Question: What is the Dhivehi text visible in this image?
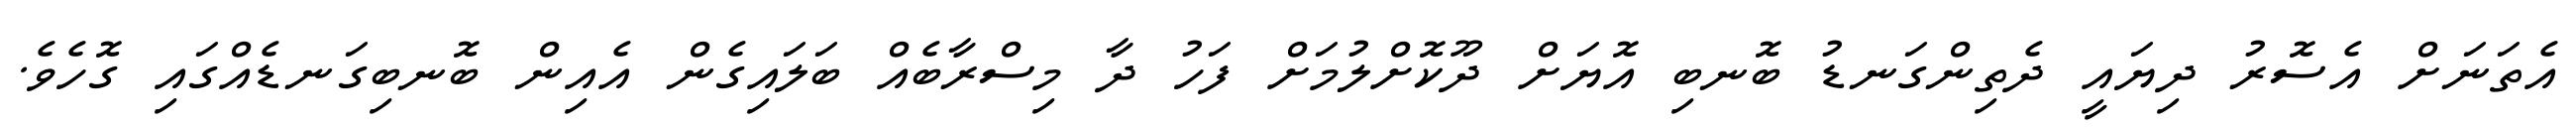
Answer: އެތަނަށް އެސޮރު ދިޔައީ ދެތިންގަނޑު ބޮނބި އޮޔަށް ދޫކޮށްލުމަށް ފަހު ދާ މިސްރާބެއް ބަލައިގެން އެއިން ބޮނބިގަނޑެއްގައި ގޮހެވެ.